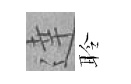
達聆